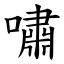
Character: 嘯